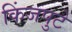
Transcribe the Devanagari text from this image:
किंजपुटे